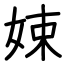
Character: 娕